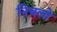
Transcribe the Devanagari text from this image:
निचलो